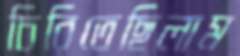
চিরিতেছিলাম